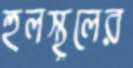
হুলস্থূলের